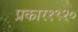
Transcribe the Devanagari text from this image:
प्रकार१९२०